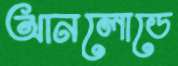
আনলোডে